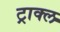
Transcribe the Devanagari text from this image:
ट्राक्ल